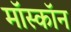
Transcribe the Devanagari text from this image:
मॉस्कॉन